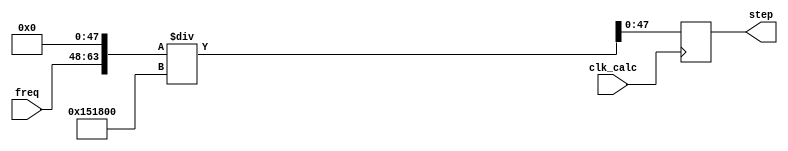
module calc_step (
    input clk_calc,
    input  [15:0] freq,
    output reg [47:0] step
);

// step = 2^48 * freq / Fs

initial step <= 48'b0;
always @(posedge clk_calc) begin
    step <= {freq, {(48){1'b0}}} / 1382400;
end

endmodule